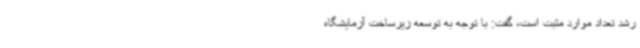
رشد تعداد موارد مثبت است، گفت: با توجه به توسعه زیرساخت آزمایشگاه